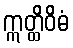
ဣတ္ထိဝိဓံ